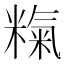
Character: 𱹗